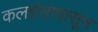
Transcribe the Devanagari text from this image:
कलहंसापासून